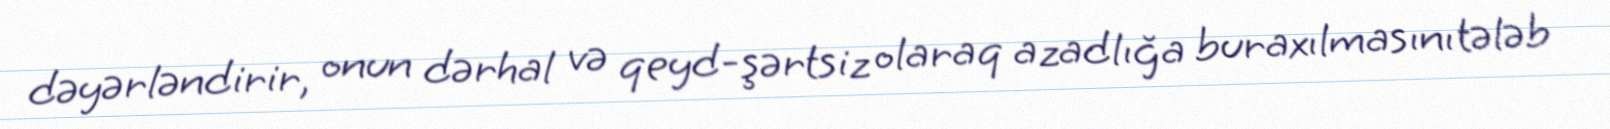
dəyərləndirir, onun dərhal və qeyd-şərtsiz olaraq azadlığa buraxılmasını tələb